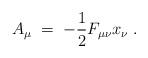
LaTeX: \begin{align*}A_\mu\;=\;-\frac{1}{2}F_{\mu\nu}x_\nu \;.\end{align*}